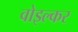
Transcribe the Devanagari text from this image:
वोइल्कर